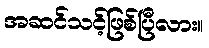
အဆင်သင့်ဖြစ်ပြီလား။